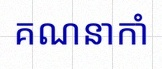
គណនាកាំ